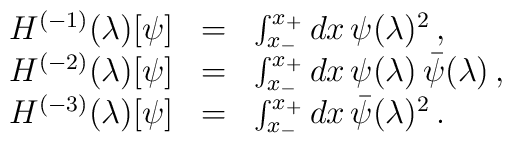
\begin{array}{rcl}    H^{(-1)}(\lambda)[\psi] & = & \int_{x_-}^{x_+}dx\,\psi(\lambda)^2\,, \\    H^{(-2)}(\lambda)[\psi] & =& \int_{x_-}^{x_+}dx\,\psi(\lambda)\,\bar{\psi}(\lambda)\,, \\    H^{(-3)}(\lambda)[\psi] & =& \int_{x_-}^{x_+}dx\,\bar{\psi}(\lambda)^2\,. \  \end{array}